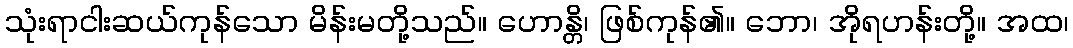
သုံးရာငါးဆယ်ကုန်သော မိန်းမတို့သည်။ ဟောန္တိ၊ ဖြစ်ကုန်၏။ ဘော၊ အိုရဟန်းတို့။ အထ၊